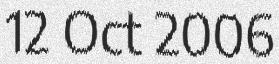
12 Oct 2006